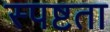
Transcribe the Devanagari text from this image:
स्‍पष्टता